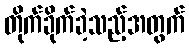
တိုက်ခိုက်ခဲ့သည့်အတွက်